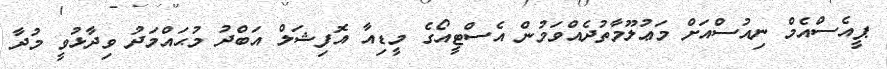
ޕީއެސްއެމް ނިއުސްއަށް މަޢުލޫމާތުދެއްވަމުން އެސްޓީއޯގެ މީޑިއާ އޮފިޝަލް އަބްދު މުޙައްމަދު ވިދާޅުވީ މުދާ